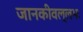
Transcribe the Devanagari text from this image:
जानकीवल्लभः